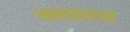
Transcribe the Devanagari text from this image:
क्लाइस्टने